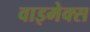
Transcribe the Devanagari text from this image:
वाइमेक्स